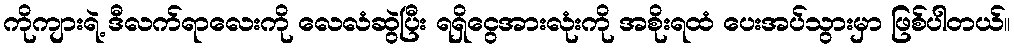
ကိုကျားရဲ့ ဒီလက်ရာလေးကို လေလံဆွဲပြီး ရရှိငွေအားလုံးကို အစိုးရထံ ပေးအပ်သွားမှာ ဖြစ်ပါတယ်။